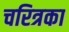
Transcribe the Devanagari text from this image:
चरित्रका